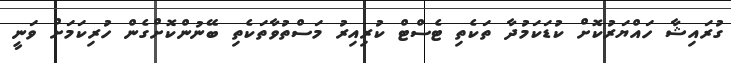
ގުރައިޝާ ހައްޔަރުކޮށް ކުޑަކަމުދާ ތަކެތި ޓެސްޓް ކުރިއިރު މަސްތުވާތަކެތި ބޭނުންކޮށްގެން ހުރިކަމަށް ވަނީ